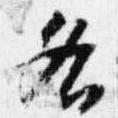
各